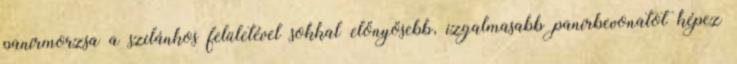
panírmorzsa a szilánkos felületével sokkal előnyösebb, izgalmasabb panírbevonatot képez